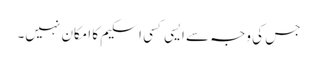
جس کی وجہ سے ایسی کسی اسکیم کا امکان نہیں۔